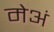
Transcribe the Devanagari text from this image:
मेअं